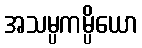
အသမ္ပကမ္ပိယော